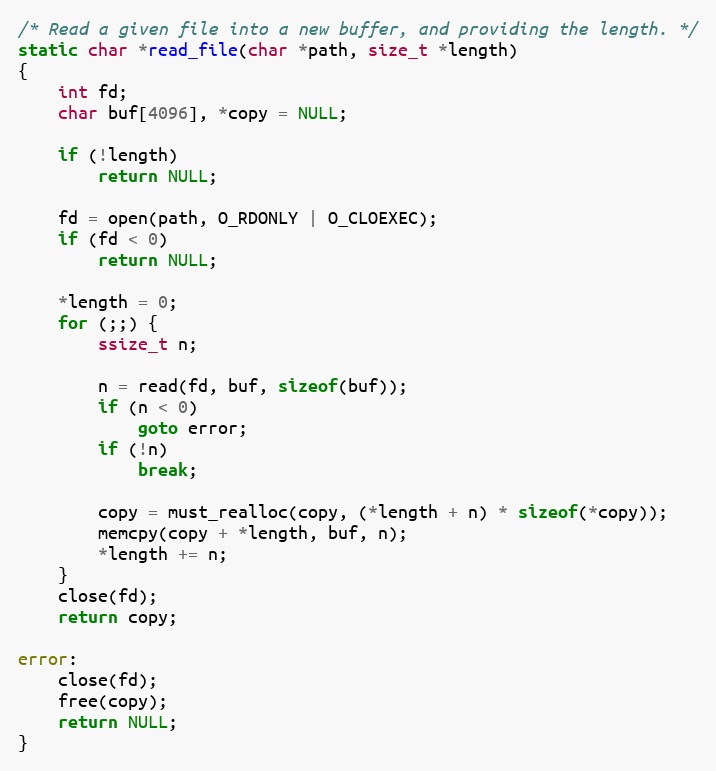
Language: C
/* Read a given file into a new buffer, and providing the length. */
static char *read_file(char *path, size_t *length)
{
	int fd;
	char buf[4096], *copy = NULL;

	if (!length)
		return NULL;

	fd = open(path, O_RDONLY | O_CLOEXEC);
	if (fd < 0)
		return NULL;

	*length = 0;
	for (;;) {
		ssize_t n;

		n = read(fd, buf, sizeof(buf));
		if (n < 0)
			goto error;
		if (!n)
			break;

		copy = must_realloc(copy, (*length + n) * sizeof(*copy));
		memcpy(copy + *length, buf, n);
		*length += n;
	}
	close(fd);
	return copy;

error:
	close(fd);
	free(copy);
	return NULL;
}